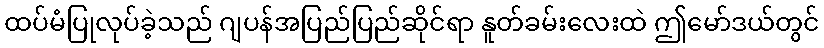
ထပ်မံပြုလုပ်ခဲ့သည် ဂျပန်အပြည်ပြည်ဆိုင်ရာ နူတ်ခမ်းလေးထဲ ဤမော်ဒယ်တွင်